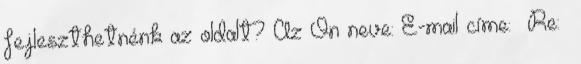
fejleszthetnénk az oldalt? Az Ön neve: E-mail címe: Re: